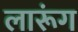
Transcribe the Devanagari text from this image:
लारूंग